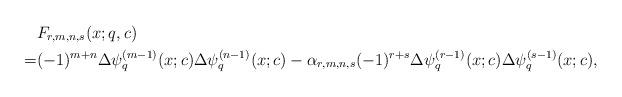
LaTeX: \begin{align*} & F_{r, m,n,s}(x; q, c) \\ = & (-1)^{m+n}\Delta\psi^{(m-1)}_q(x;c)\Delta\psi^{(n-1)}_q(x;c) - \alpha_{r,m,n,s}(-1)^{r+s}\Delta\psi^{(r-1)}_q(x;c)\Delta\psi^{(s-1)}_q(x;c), \end{align*}